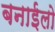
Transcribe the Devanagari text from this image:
बनाईलो